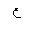
Letter: _ayn